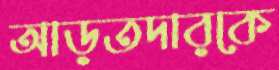
আড়তদারকে